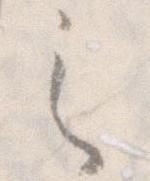
之